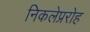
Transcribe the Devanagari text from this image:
निकलेप्ररोह